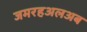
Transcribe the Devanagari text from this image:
जमरहअलअब